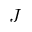
J